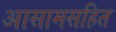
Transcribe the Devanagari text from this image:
आसामसहित